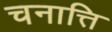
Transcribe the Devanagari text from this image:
चनात्ति